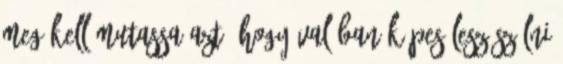
meg kell mutassa azt, hogy valóban képes lesz szólni